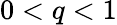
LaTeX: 0<q<1